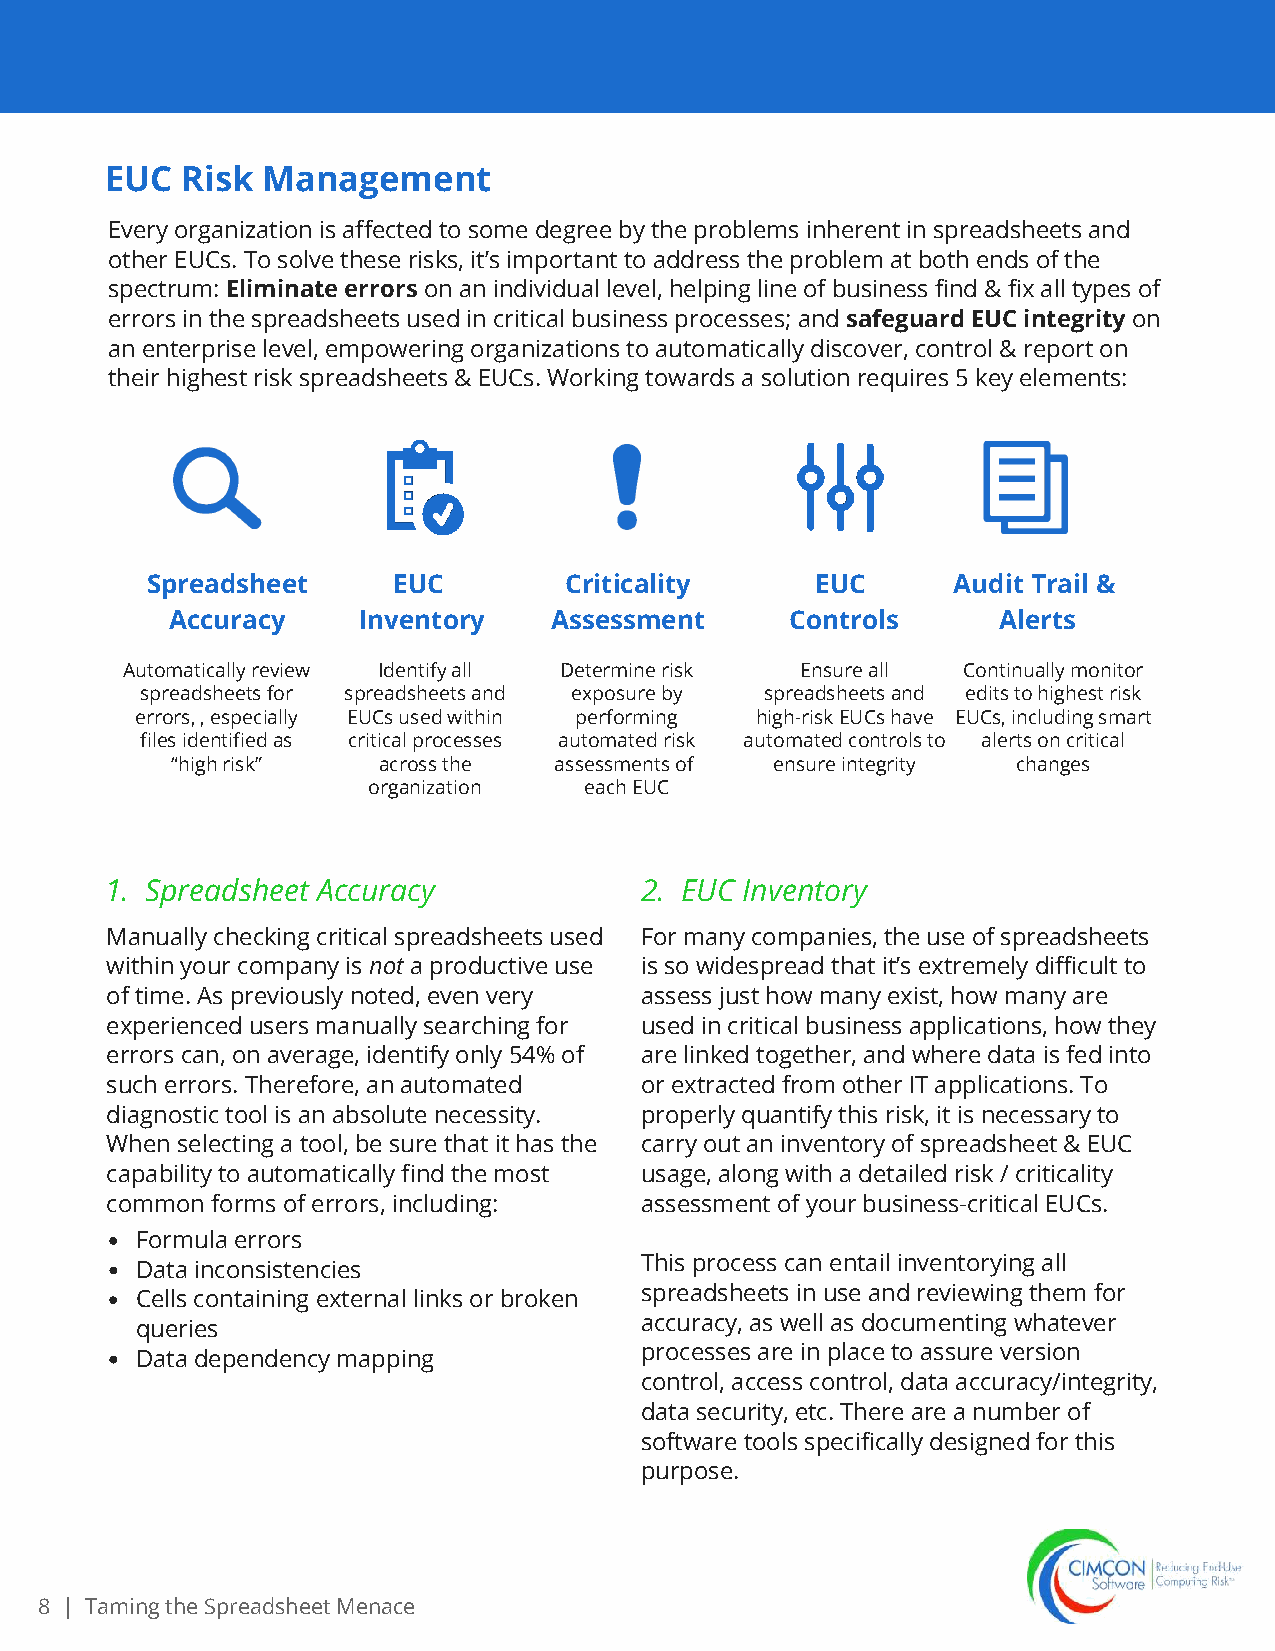
EUC  Risk Management
 Every organization is affected to some degree by the problems inherent in spreadsheets and
 other EUCs. To solve these risks, it’s important to address the problem at both ends of the
 spectrum: Eliminate errors on an individual level, helping line of business find & fix all types of
 errors in the spreadsheets used in critical business processes; and safeguard EUC integrity on
 an enterprise level, empowering organizations to automatically discover, control & report on
 their highest risk spreadsheets & EUCs. Working towards a solution requires 5 key elements:
 Spreadsheet     EUC        Criticality      EUC      Audit Trail &
 Accuracy     Inventory   Assessment      Controls      Alerts
 Automatically review Identify all Determine risk Ensure all Continually monitor
 spreadsheets for spreadsheets and exposure by spreadsheets and edits to highest risk
 errors, , especially EUCs used within performing high-risk EUCs have EUCs, including smart
 files identified as critical processes automated risk automated controls to alerts on critical
 “high risk”   across the  assessments of ensure integrity changes
 organization   each EUC
 1. Spreadsheet Accuracy            2. EUC Inventory
 Manually checking critical spreadsheets used For many companies, the use of spreadsheets
 within your company is not a productive use is so widespread that it’s extremely difficult to
 of time. As previously noted, even very assess just how many exist, how many are
 experienced users manually searching for used in critical business applications, how they
 errors can, on average, identify only 54% of are linked together, and where data is fed into
 such errors. Therefore, an automated or extracted from other IT applications. To
 diagnostic tool is an absolute necessity. properly quantify this risk, it is necessary to
 When selecting a tool, be sure that it has the carry out an inventory of spreadsheet & EUC
 capability to automatically find the most usage, along with a detailed risk / criticality
 common forms of errors, including: assessment of your business-critical EUCs.
 Formula errors
 Data inconsistencies             This process can entail inventorying all
 Cells containing external links or broken spreadsheets in use and reviewing them for
 queries                          accuracy, as well as documenting whatever
 Data dependency mapping          processes are in place to assure version
 control, access control, data accuracy/integrity,
 data security, etc. There are a number of
 software tools specifically designed for this
 purpose.
 8 | Taming the Spreadsheet Menace